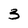
Character: 3